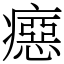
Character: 癋